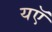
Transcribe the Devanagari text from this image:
यऍ